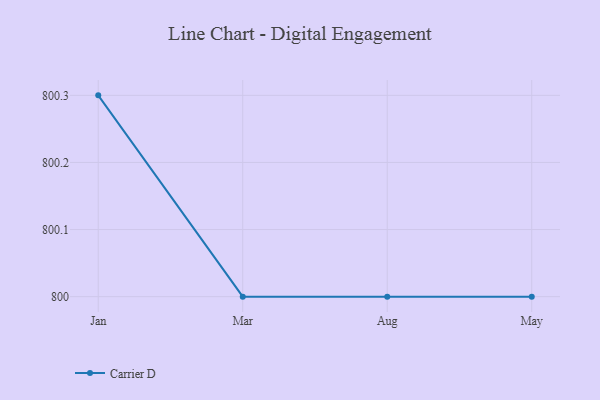
{"axis": {"x": "Month", "y": "Operating Costs (USD K)"}, "legend": ["Carrier D"], "data": [{"x": "Jan", "y": 800.3, "type": "Carrier D"}, {"x": "Mar", "y": 800, "type": "Carrier D"}, {"x": "Aug", "y": 800, "type": "Carrier D"}, {"x": "May", "y": 800, "type": "Carrier D"}]}